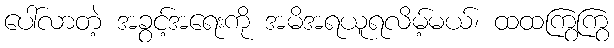
ပေါ်လာတဲ့ အခွင့်အရေးကို အမိအရယူရလိမ့်မယ်၊ ထထကြွကြွ